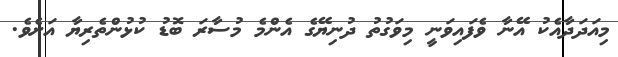
މިއަދަދާއެކު އޭނާ ވެފައިވަނީ މިވަގުތު ދުނިޔޭގެ އެންމެ މުސާރަ ބޮޑު ކުޅުންތެރިޔާ އަށެވެ.